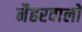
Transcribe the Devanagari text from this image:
नैहरवालों